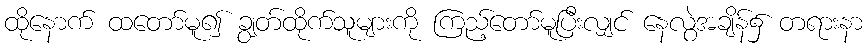
ထိုနောက် ထတော်မူ၍ ချွတ်ထိုက်သူများကို ကြည့်တော်မူပြီးလျှင် နေလွဲအချိန်၌ တရားနာ